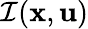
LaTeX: \mathcal{I}(\mathbf{x},\mathbf{u})